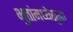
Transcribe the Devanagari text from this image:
भुतांमध्येसुद्धा